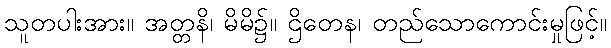
သူတပါးအား။ အတ္တနိ၊ မိမိ၌။ ဌိတေန၊ တည်သောကောင်းမှုဖြင့်။